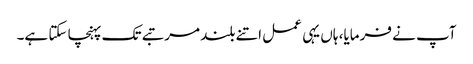
آپ نے فرمایا، ہاں یہی عمل اتنے بلند مرتبے تک پہنچا سکتا ہے۔